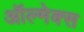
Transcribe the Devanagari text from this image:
ऑल्मेक्स